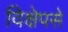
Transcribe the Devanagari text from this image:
विक्षेपसे